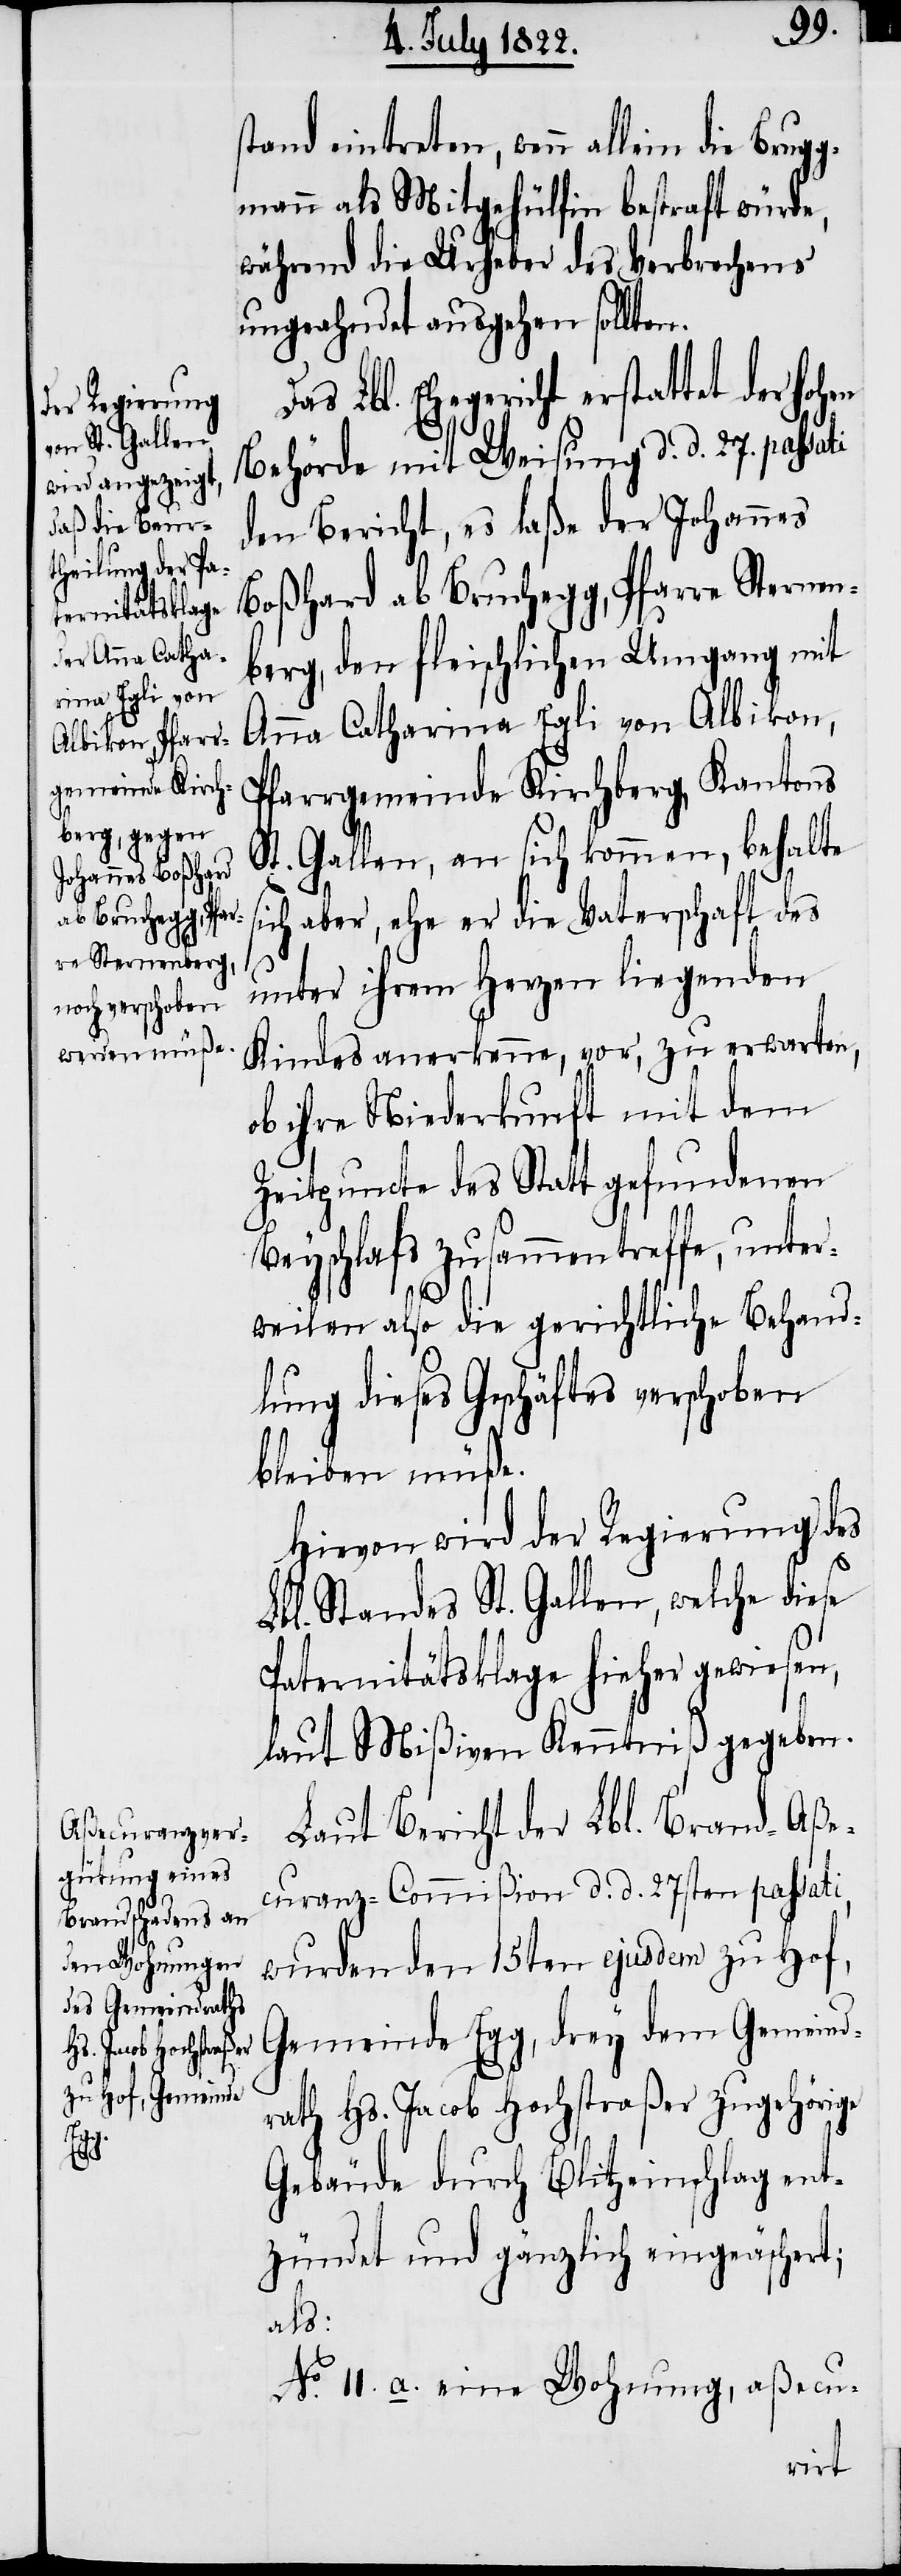
Bru¬

gg¬
stand eintreten, wenn allein die
mann die Mitgehülfin bestraft würde,
während die Urheber des Verbrechens
ungeachtet ausgehen sollten.
Lbl. Ehegericht erstattet der Hoh¬
Behörde mit Weisung d. d. 27. passati
den Bericht, es laße der Johannes
Boßhard ab Bruchegg, Pfarre Sternen¬
berg, den fleischlichen Umgang mit
Anna Catharina Egli von Albikon,
Pfarrgemeinde Kirchberg, Kantons
St. Gallen, an sich kommen, behalte
ich aber, ehe er die Vaterschaft des
i,
unter ihrem Herzen liegenden
Kindes anerkenne, vor, zu erwarten,
ob ihre Niederkunft mit dem
Zeitpuncte des Statt gefundenen
Beyschlafs zusammen treffe, unter¬
weilen also die gerichtliche Behand¬
lung dieses Geschäftes verschoben
bleiben müße.
Hievon wird der Regierung des
Lbl. Standes St. Gallen, welche diese
Paternitätsklage hieher gewiesen,
laut Mißiven Kenntniß gegeben.
Laut Bericht der Lbl. Brand-Aße¬
curanz-Commißion d. d. 27sten passat¬
wurden den 15ten ejusdem zu Hof,
Gemeinde Egg, drey dem Gemeinds¬
rath Hs. Jacob Hochstraßer zugehörige
Gebäude durch Blitzeinschlag ent¬
zündet und gänzlich eingeäschert;
als:
No. 11. a. eine Wohnung, aßecu-